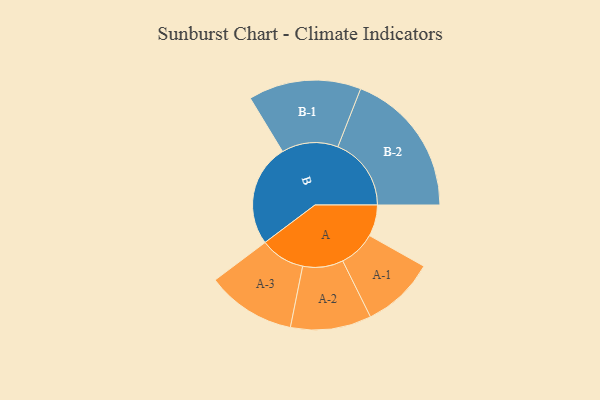
{"axis": {"x": "Segment", "y": "Value"}, "legend": ["", "A", "B"], "data": [{"x": "A", "y": 118, "type": ""}, {"x": "B", "y": 385, "type": ""}, {"x": "A-1", "y": 138, "type": "A"}, {"x": "A-2", "y": 152, "type": "A"}, {"x": "A-3", "y": 168, "type": "A"}, {"x": "B-1", "y": 212, "type": "B"}, {"x": "B-2", "y": 276, "type": "B"}]}